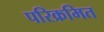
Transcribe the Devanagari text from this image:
परिक्रमित